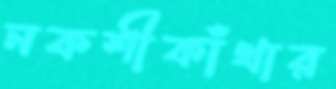
নকশীকাঁথার